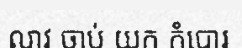
លាវ ចាប់ យក កំបោរ